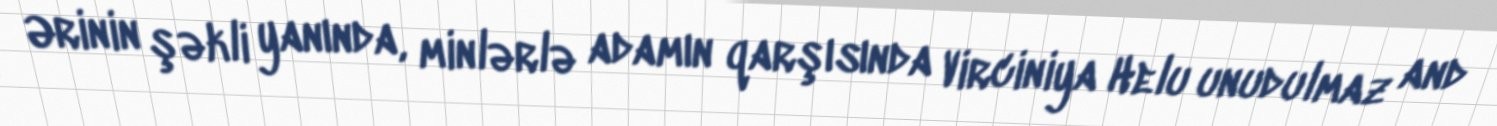
Ərinin şəkli yanında, minlərlə adamın qarşısında Virciniya Helu unudulmaz and